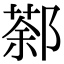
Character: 𨝒